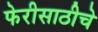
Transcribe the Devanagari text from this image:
फेरीसाठीचे